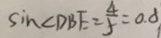
\sin \angle D B E = \frac { 4 } { 5 } = 0 . 8